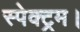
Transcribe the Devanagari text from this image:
स्पेक्ट्रम।